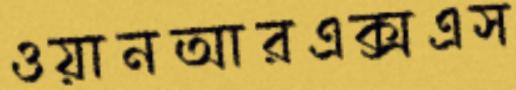
ওয়ানআরএক্সএস